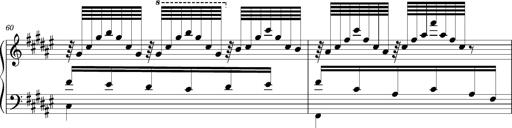
Title: Schlummerlied mit Arabesken
Composer: Franz Liszt
Key: F-sharp major